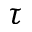
\tau